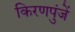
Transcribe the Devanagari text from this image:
किरणपुंजें